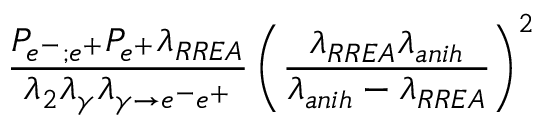
\frac { P _ { e ^ { - } ; e ^ { + } } P _ { e ^ { + } } \lambda _ { R R E A } } { \lambda _ { 2 } \lambda _ { \gamma } \lambda _ { \gamma \rightarrow e ^ { - } e ^ { + } } } \left( \frac { \lambda _ { R R E A } \lambda _ { a n i h } } { \lambda _ { a n i h } - \lambda _ { R R E A } } \right) ^ { 2 }